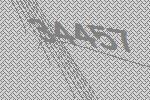
34457